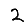
Digit: 2